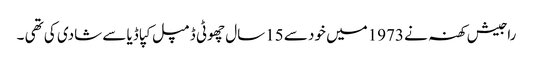
راجیش کھنہ نے 1973میں خود سے 15سال چھوٹی ڈمپل کپاڈیا سے شادی کی تھی ۔